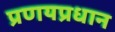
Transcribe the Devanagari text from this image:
प्रणयप्रधान